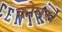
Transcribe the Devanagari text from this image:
कोपर्स